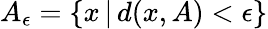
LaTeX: A_{\epsilon}=\left\{ x\, |\, d(x,A)<\epsilon\right\}